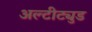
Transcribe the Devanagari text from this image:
अल्टीट्युड